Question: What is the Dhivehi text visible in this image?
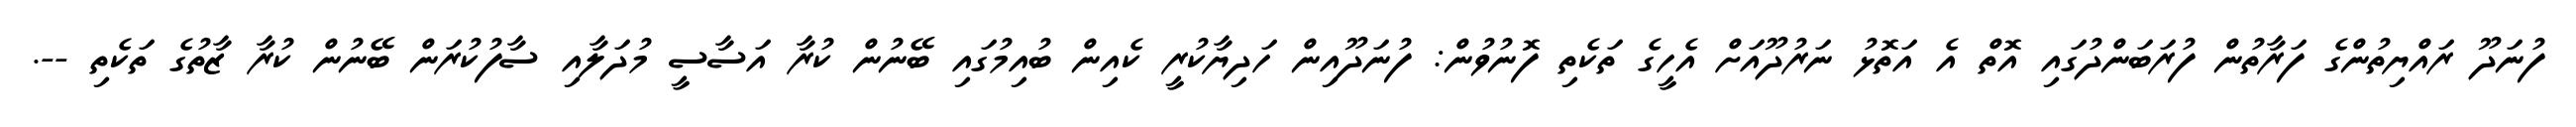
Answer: ފުނަދޫ ރައްޔިތުންގެ ފަރާތުން ފުރަބަންދުގައި އޮތް އެ އަތޮޅު ނަރުދޫއަށް އެހީގެ ތަކެތި ފޮނުވުން: ފުނަދޫއިން ހަދިޔާކުރީ ކެއިން ބުއިމުގައި ބޭނުން ކުރާ އަސާސީ މުދަލާއި ސާފުކުރަން ބޭނުން ކުރާ ޒާތުގެ ތަކެތި --.